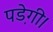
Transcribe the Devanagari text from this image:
पडे़गी।